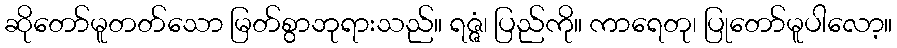
ဆိုတော်မူတတ်သော မြတ်စွာဘုရားသည်။ ရဇ္ဇံ၊ ပြည်ကို။ ကာရေတု၊ ပြုတော်မူပါလော့။